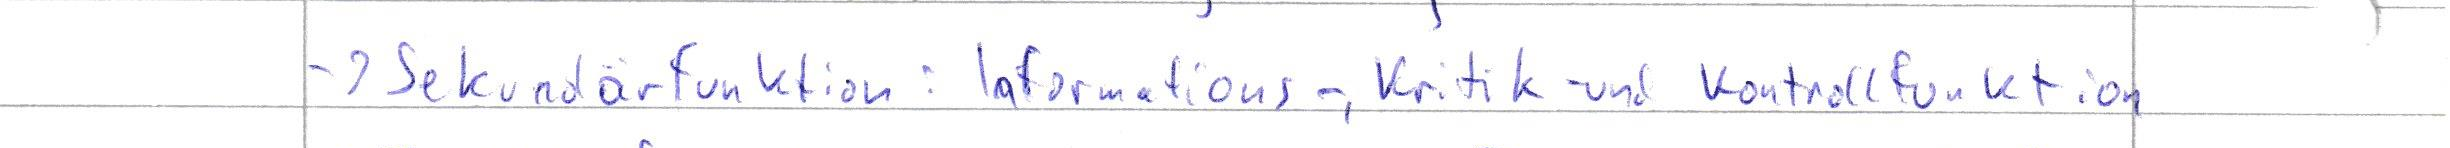
- 2 Sekundärfunktion: Informations-, Kritik- und Kontrollfunktion